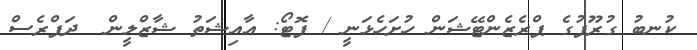
ކުނބު ގުރޫޕުގެ ޕްރެޒެންޓޭޝަން ހުށަހެޅަނީ / ފޮޓޯ: އާއިޝަތު ޝާޒްލީން  ދަޕްރެސް